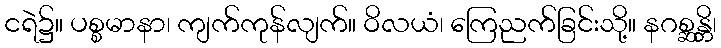
ငရဲ၌။ ပစ္စမာနာ၊ ကျက်ကုန်လျက်။ ဝိလယံ၊ ကြေညက်ခြင်းသို့။ နဂစ္ဆန္တိ၊